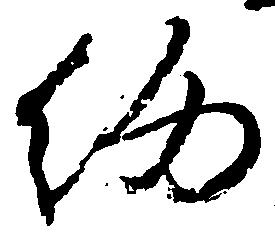
約